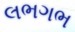
લભગભ